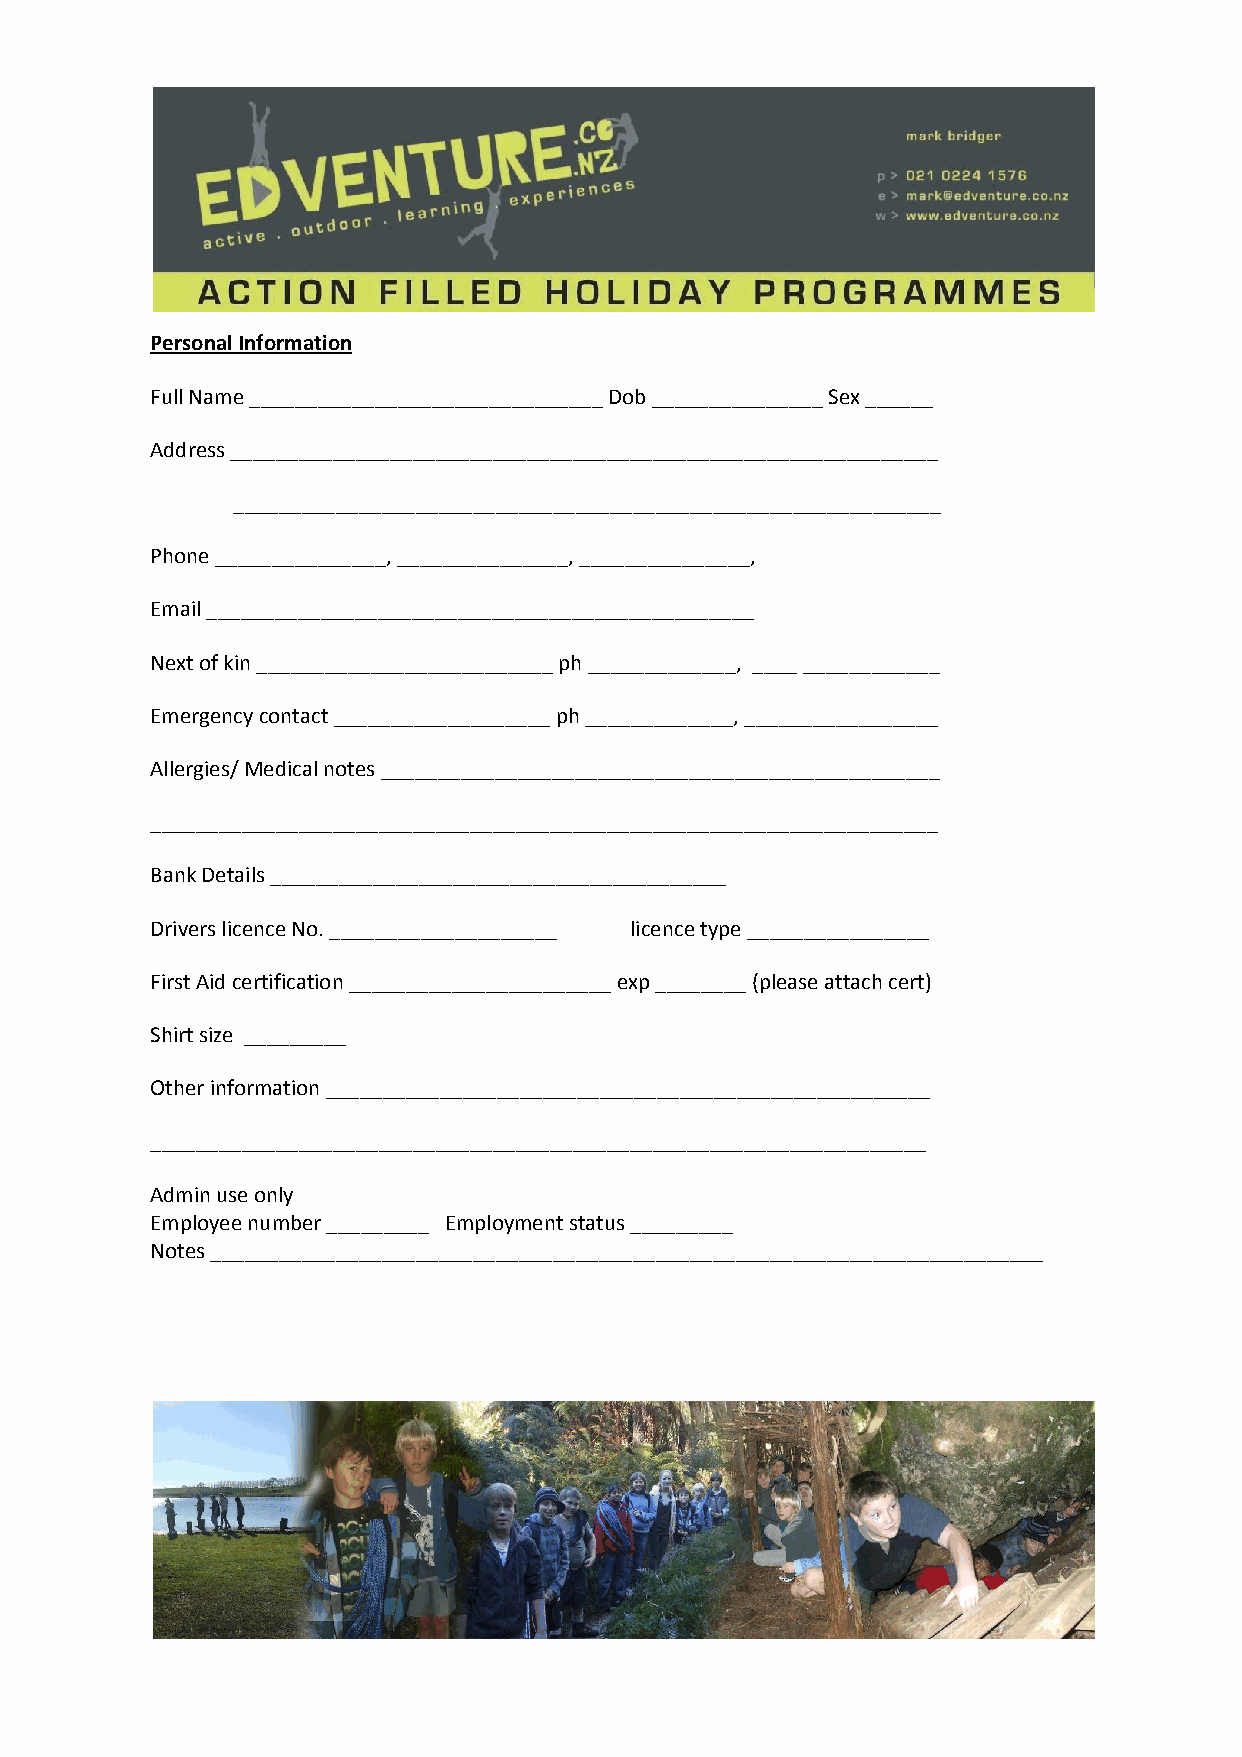
Personal Information
 Full Name _______________________________ Dob _______________ Sex ______
 Address ______________________________________________________________
 ______________________________________________________________
 Phone _______________, _______________, _______________,
 Email ________________________________________________
 Next of kin __________________________ ph _____________, ____ ____________
 Emergency contact ___________________ ph _____________, _________________
 Allergies/ Medical notes _________________________________________________
 _____________________________________________________________________
 Bank Details ________________________________________
 Drivers licence No. ____________________ licence type ________________
 First Aid certification _______________________ exp ________ (please attach cert)
 Shirt size _________
 Other information _____________________________________________________
 ____________________________________________________________________
 Admin use only
 Employee number _________ Employment status _________
 Notes _________________________________________________________________________